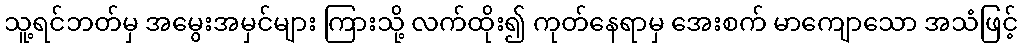
သူ့ရင်ဘတ်မှ အမွေးအမှင်များ ကြားသို့ လက်ထိုး၍ ကုတ်နေရာမှ အေးစက် မာကျောသော အသံဖြင့်